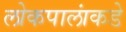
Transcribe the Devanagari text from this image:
लोकपालांकडे